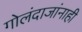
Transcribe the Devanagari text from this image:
गोलंदाजांनाही